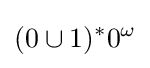
(0\cup 1)^{*}0^{\omega }